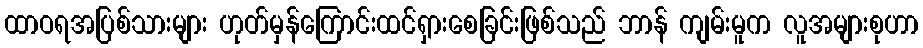
ထာဝရအပြစ်သားများ ဟုတ်မှန်ကြောင်းထင်ရှားစေခြင်းဖြစ်သည် ဘာန် ကျမ်းမူက လူအများစုဟာ